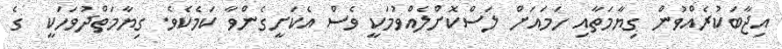
އިޖާބަކުރެއްވުން ގިޔާމަތާއި ހަމައަށް ލަސްކޮށްލެއްވުމަކީ ވެސް އެކަށީގެންވާ ކަމެކެވެ. ގިޔާމަތްދުވަހަކީ  ގެ